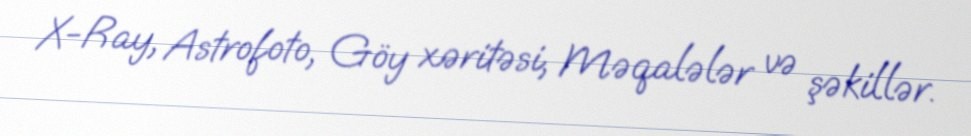
X-Ray, Astrofoto, Göy xəritəsi, Məqalələr və şəkillər.